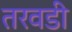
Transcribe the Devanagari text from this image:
तरवडी